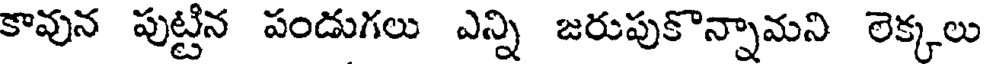
కావున పుట్టిన పండుగలు ఎన్ని జరుపుకొన్నామని లెక్కలు